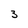
Character: 3